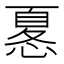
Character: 𢟜